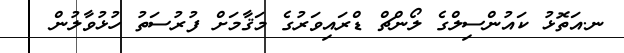
ނ.އަތޮޅު ކައުންސިލްގެ ލޯންޗް ޑްރައިވަރުގެ މަޤާމަށް ފުރުސަތު ހުޅުވާލުން